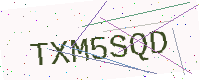
Text: TXM5SQD